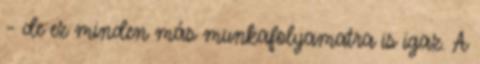
– de ez minden más munkafolyamatra is igaz. A